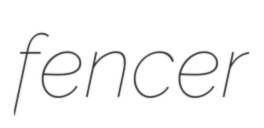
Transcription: fencer